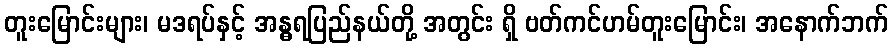
တူးမြောင်းများ၊ မဒရပ်နှင့် အန္ဓရပြည်နယ်တို့ အတွင်း ရှိ ဗတ်ကင်ဟမ်တူးမြောင်း၊ အနောက်ဘက်